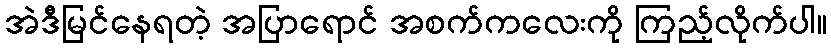
အဲဒီမြင်နေရတဲ့ အပြာရောင် အစက်ကလေးကို ကြည့်လိုက်ပါ။